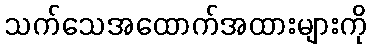
သက်သေအထောက်အထားများကို